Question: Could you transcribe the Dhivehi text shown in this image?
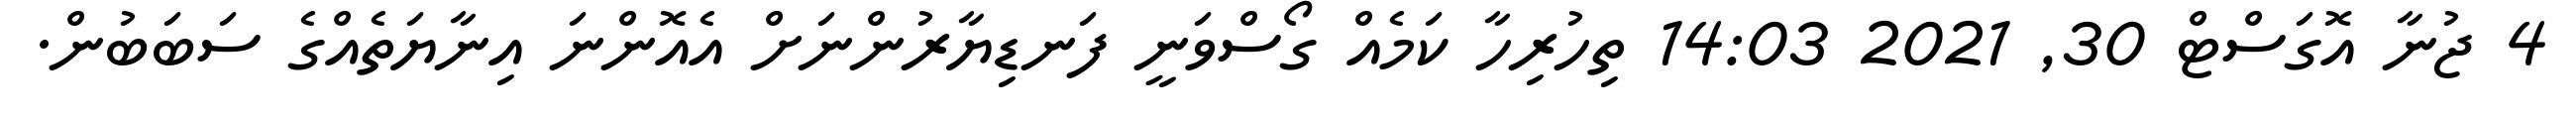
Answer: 4 ޖުނާ އޮގަސްޓް 30, 2021 14:03 ތިހުރިހާ ކަމެއް ގޯސްވަނީ ފަނޑިޔާރުންނަށް އެއޮންނަ އިނާޔަތެއްގެ ސަބަބުން.